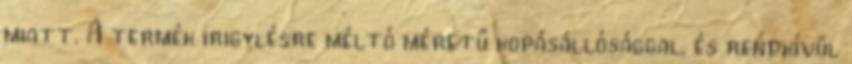
miatt. A termék irigylésre méltó méretű kopásállósággal, és rendkívül